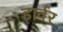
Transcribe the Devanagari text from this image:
हार्वर